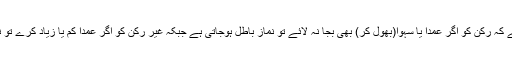
رکن اور غیر رکن میں فرق یہ ہے کہ رکن کو اگر عمدا یا سہواً(بھول کر) بھی بجا نہ لائے تو نماز باطل ہوجاتی ہے جبکہ غیر رکن کو اگر عمدا کم یا زیاد کرے تو نماز باطل وگرنہ باطل نہیں ہوتی۔